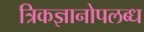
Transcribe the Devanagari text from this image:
त्रिकज्ञानोपलब्ध